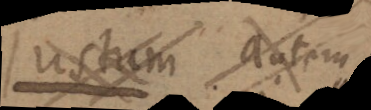
unum autem